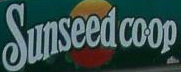
Sunseed coop